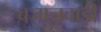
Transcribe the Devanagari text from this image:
बजाजवाडी